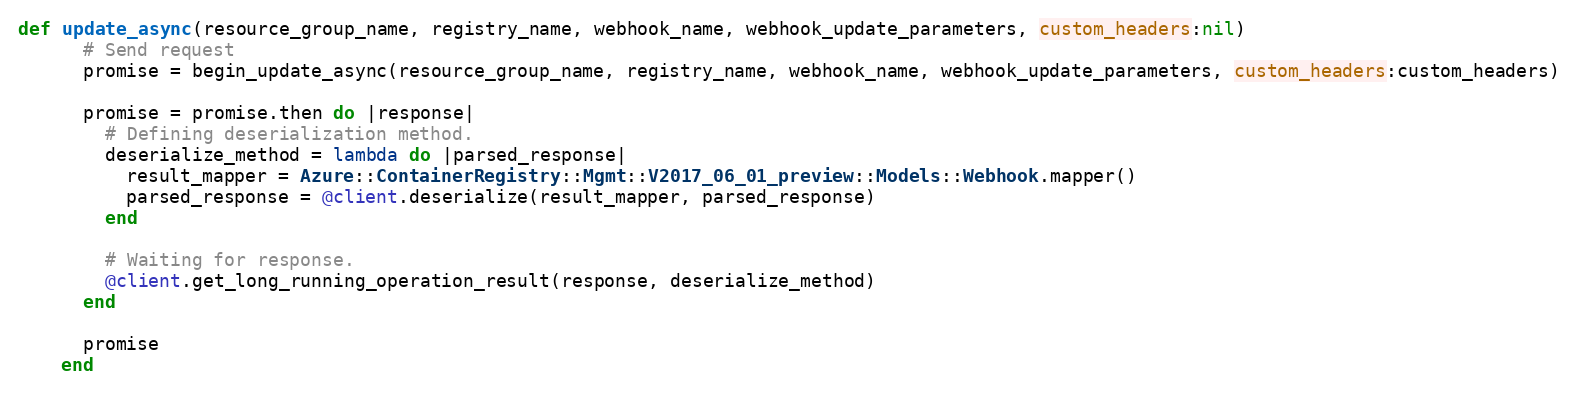
Language: Ruby
def update_async(resource_group_name, registry_name, webhook_name, webhook_update_parameters, custom_headers:nil)
      # Send request
      promise = begin_update_async(resource_group_name, registry_name, webhook_name, webhook_update_parameters, custom_headers:custom_headers)

      promise = promise.then do |response|
        # Defining deserialization method.
        deserialize_method = lambda do |parsed_response|
          result_mapper = Azure::ContainerRegistry::Mgmt::V2017_06_01_preview::Models::Webhook.mapper()
          parsed_response = @client.deserialize(result_mapper, parsed_response)
        end

        # Waiting for response.
        @client.get_long_running_operation_result(response, deserialize_method)
      end

      promise
    end